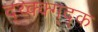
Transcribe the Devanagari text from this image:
द्य्क्क्ग्द्क